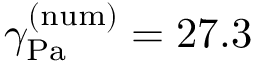
\gamma _ { \mathrm { { P a } } } ^ { \mathrm { { ( n u m ) } } } = 2 7 . 3